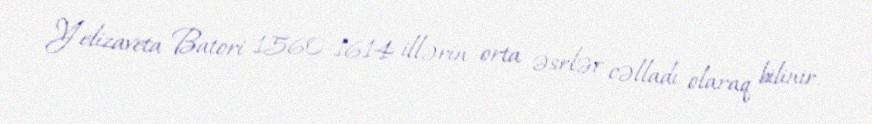
Yelizaveta Batori 1560-1614 illərin orta əsrlər cəlladı olaraq bilinir.